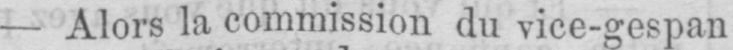
- Alors la commission du vice-gespan